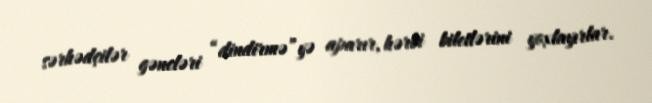
sərhədçilər gəncləri “dindirmə”yə aparır, hərbi biletlərini yoxlayırlar.